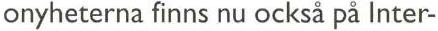
onyheterna finns nu också på Inter-